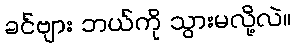
ခင်ဗျား ဘယ်ကို သွားမလို့လဲ။